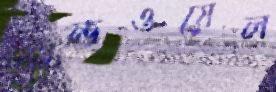
ক্যান্ডওয়েল